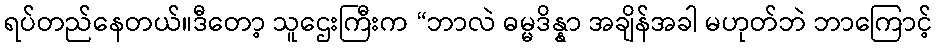
ရပ်တည်နေတယ်။ဒီတော့ သူဌေးကြီးက “ဘာလဲ ဓမ္မဒိန္နာ အချိန်အခါ မဟုတ်ဘဲ ဘာကြောင့်